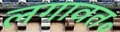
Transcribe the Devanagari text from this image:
लगावत॰